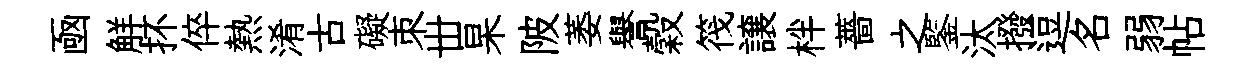
凾觧抔倅熱淆古礙朿丗杲陂萎譽穀筏譲柈薔之鍳汰撥逗名弱帖